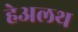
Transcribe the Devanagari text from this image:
हेअलथ